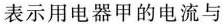
表示用电器甲的电流与